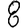
Digit: 8